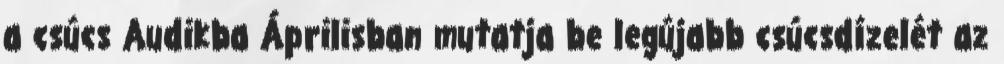
a csúcs Audikba Áprilisban mutatja be legújabb csúcsdízelét az